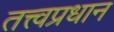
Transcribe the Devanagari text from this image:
तत्त्वप्रधान